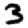
Digit: 3